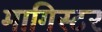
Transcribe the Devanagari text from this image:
मागिस्टर